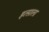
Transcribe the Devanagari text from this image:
इत्साला